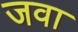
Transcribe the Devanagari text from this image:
जवा